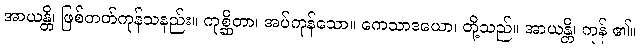
အာယန္တိ၊ ဖြစ်တတ်ကုန်သနည်း။ ကုစ္ဆိတာ၊ အပ်ကုန်သော။ ကေသာဒယော၊ တို့သည်။ အာယန္တိ၊ ကုန် ၏။